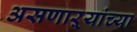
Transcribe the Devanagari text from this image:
असणाऱ्यांच्या